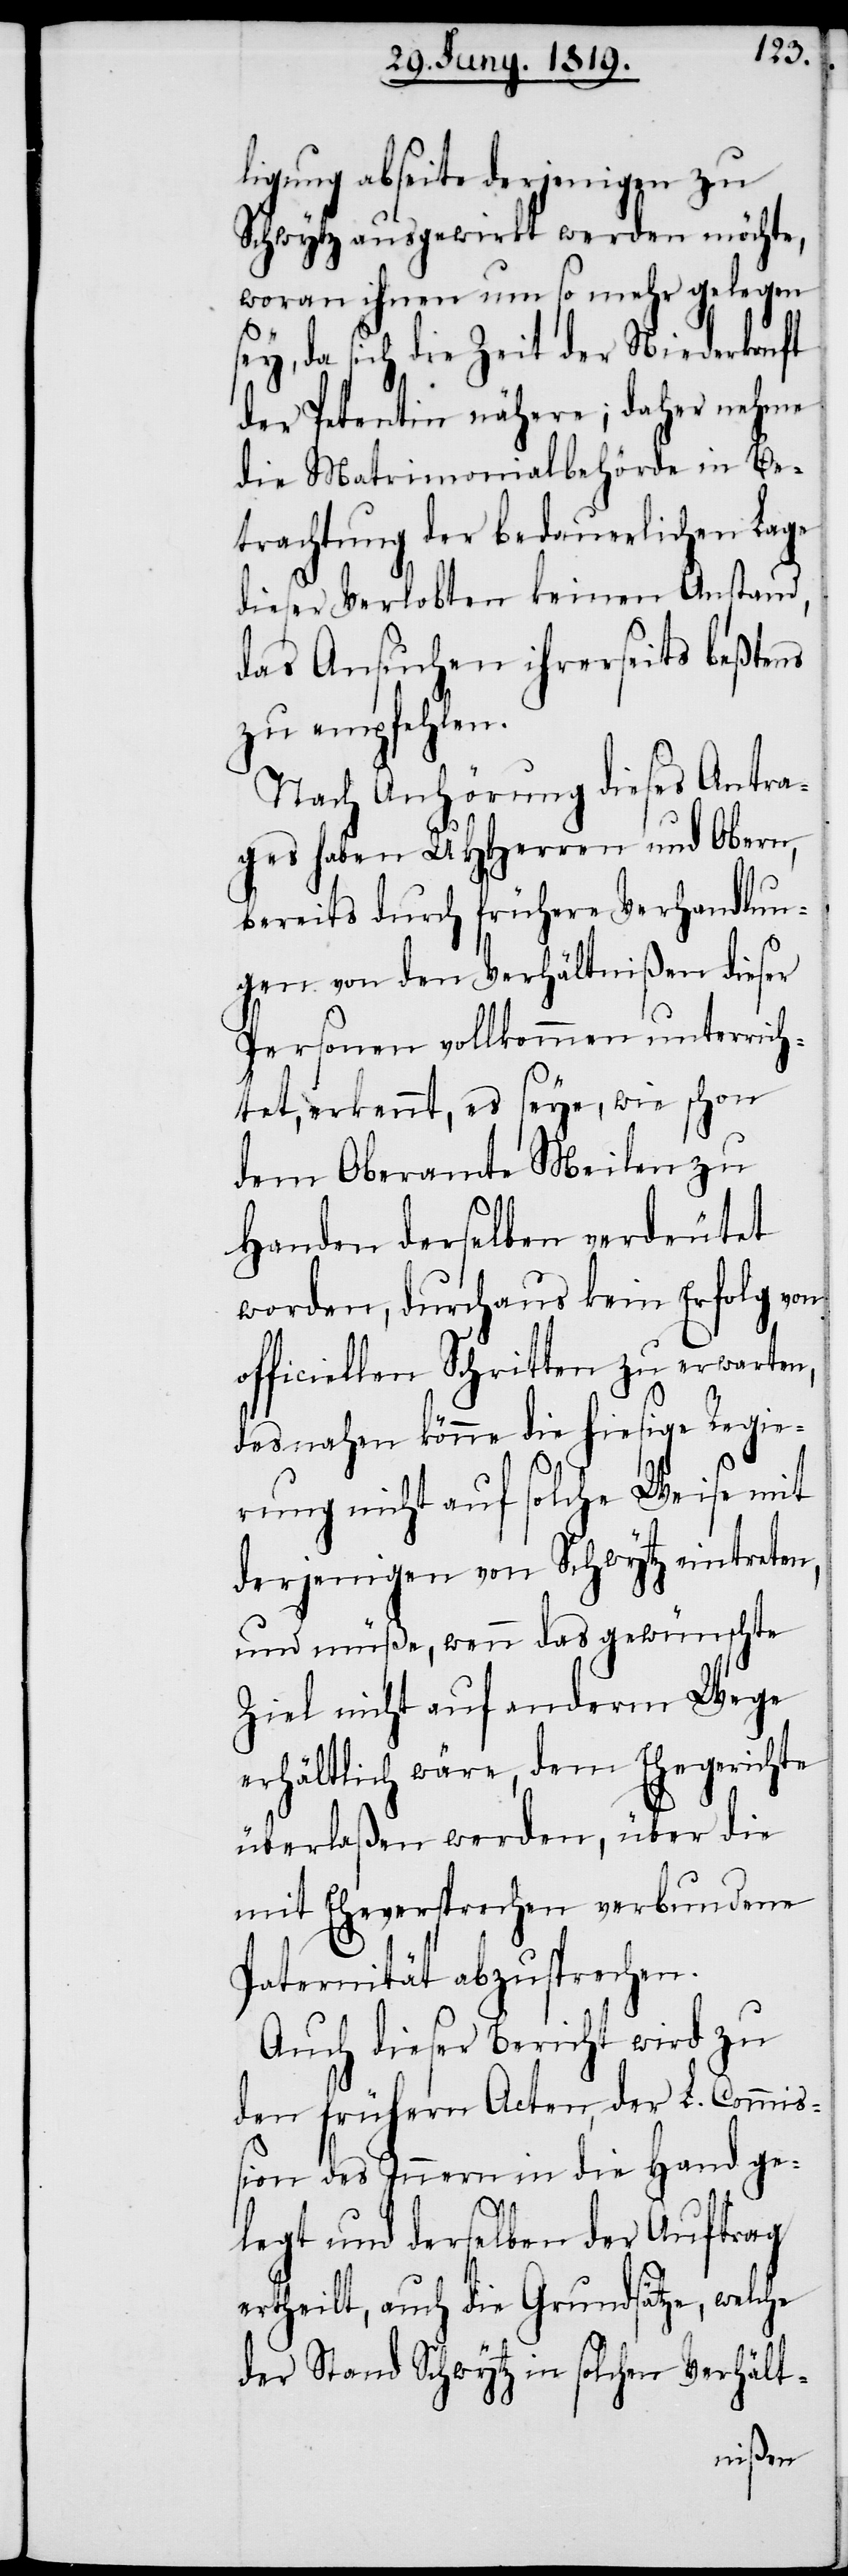
ligung abseite derjenigen zu
Schwytz ausgewirkt werden möchte,
woran ihnen um so mehr gelegen
sey, da sich die Zeit der Niederkunft
der Petentin nähere; daher nehme
die Matrimonialbehörde in Be¬
trachtung der bedauerlichen Lage
dieser Verlobten keinen Anstand,
das Ansuchen ihrerseits beßtens
zu empfehlen.
Nach Anhörung dieses Antra¬
ges haben UHHerren und Obern,
bereits durch frühere Verhandlun¬
gen von den Verhältnißen dieser
Personen vollkommen unterrich¬
tet, erkennt, es seye, wie schon
dem Oberamte Meilen zu
Handen derselben verdeutet
worden, durchaus kein Erfolg von
officiellen Schritten zu erwarten,
desnahen könne die hiesige Regie¬
rung nicht auf solche Weise mit
derjenigen von Schwytz eintreten,
und müße, wenn das gewünschte
Ziel nicht auf anderm Wege
erhältlich wäre, dem Ehegerichte
überlaßen werden, über die
mit Eheversprechen verbundene
Paternität abzusprechen.
Auch dieser Bericht wird zu
den frühern Acten, der L. Commiß¬
ion des Innern in die Hand ge¬
legt und derselben der Auftrag
ertheilt, auch die Grundsätze, welche
der Stand Schwytz in solchen Verhält-